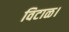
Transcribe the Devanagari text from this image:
विटाळ।